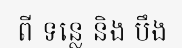
ពី ទន្លេ និង បឹង